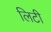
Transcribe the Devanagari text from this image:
लिटी